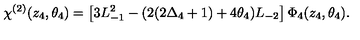
\chi ^ { ( 2 ) } ( z _ { 4 } , \theta _ { 4 } ) = \left[ 3 L _ { - 1 } ^ { 2 } - ( 2 ( 2 \Delta _ { 4 } + 1 ) + 4 \theta _ { 4 } ) L _ { - 2 } \right] \Phi _ { 4 } ( z _ { 4 } , \theta _ { 4 } ) .